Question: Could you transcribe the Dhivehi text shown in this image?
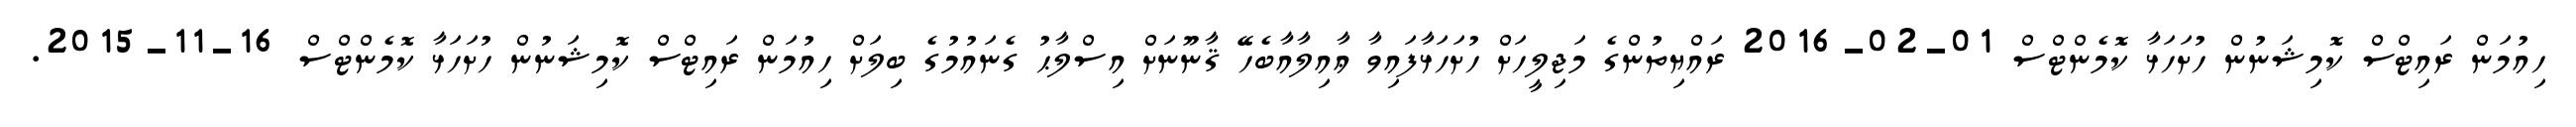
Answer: ހިއުމަން ރައިޓްސް ކޮމިޝަނުން ހުށަހަޅާ ކޮމެންޓްސް 01-02-2016 ރައްޔިތުންގެ މަޖިލީހަށް ހުށަހަޅާފައިވާ ޢާއިލާއާބެހޭ ޤާނޫނަށް އިސްލާޙު ގެނައުމުގެ ބިލަށް ހިއުމަން ރައިޓްސް ކޮމިޝަނުން ހުށަހަޅާ ކޮމެންޓްސް 16-11-2015.